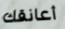
أعانقك